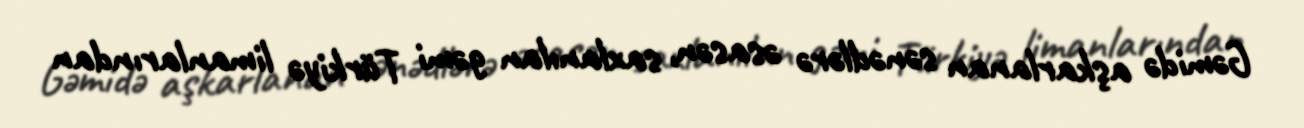
Gəmidə aşkarlanan sənədlərə əsasən, saxlanılan gəmi Türkiyə limanlarından